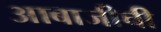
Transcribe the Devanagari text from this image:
आबाजीची